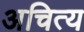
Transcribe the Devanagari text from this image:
अचित्य